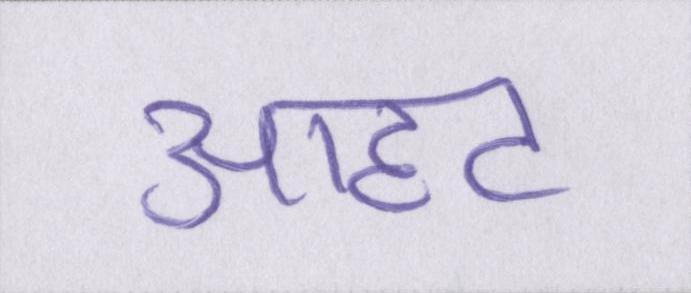
आहट